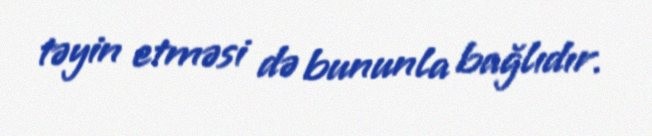
təyin etməsi də bununla bağlıdır.